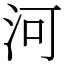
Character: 河